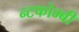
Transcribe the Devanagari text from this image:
न्टफोम्बी